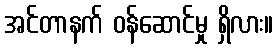
အင်တာနက် ဝန်ဆောင်မှု ရှိလား။